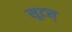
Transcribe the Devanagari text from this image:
सूटस्